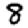
Digit: 8